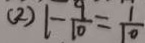
( 2 ) 1 - \frac { 9 } { 1 0 } = \frac { 1 } { 1 0 }